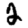
Digit: 2